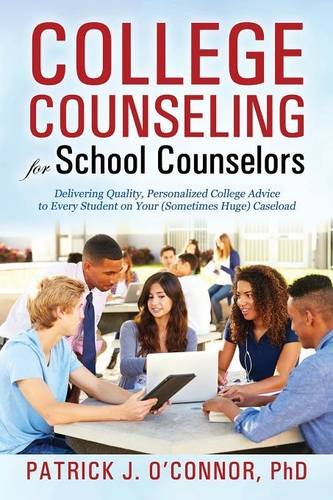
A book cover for College Counseling for School Counselors: Delivering Quality, Personalized College Advice to Every Student on Your (Sometimes Huge) Caseload; Ph.D. Patrick J. O'Connor; Medical Books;